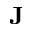
\mathbf { J }